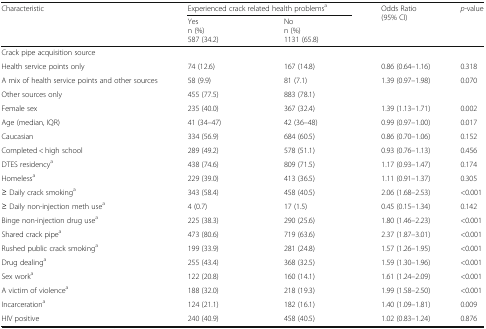
<table><thead><tr><td rowspan="2"><b>Characteristic</b></td><td colspan="2"><b>Experienced crack related health problems<sup>a</sup></b></td><td rowspan="2"><b>Odds Ratio(95% CI)</b></td><td rowspan="2"><b><i>p-</i>value</b></td></tr><tr><td><b>Yesn (%)587 (34.2)</b></td><td><b>Non (%)1131 (65.8)</b></td></tr></thead><tbody><tr><td colspan="5">Crack pipe acquisition source</td></tr><tr><td>Health service points only</td><td>74 (12.6)</td><td>167 (14.8)</td><td>0.86 (0.64–1.16)</td><td>0.318</td></tr><tr><td>A mix of health service points and other sources</td><td>58 (9.9)</td><td>81 (7.1)</td><td>1.39 (0.97–1.98)</td><td>0.070</td></tr><tr><td>Other sources only</td><td>455 (77.5)</td><td>883 (78.1)</td><td></td><td></td></tr><tr><td>Female sex</td><td>235 (40.0)</td><td>367 (32.4)</td><td>1.39 (1.13–1.71)</td><td>0.002</td></tr><tr><td>Age (median, IQR)</td><td>41 (34–47)</td><td>42 (36–48)</td><td>0.99 (0.97–1.00)</td><td>0.017</td></tr><tr><td>Caucasian</td><td>334 (56.9)</td><td>684 (60.5)</td><td>0.86 (0.70–1.06)</td><td>0.152</td></tr><tr><td>Completed &lt; high school</td><td>289 (49.2)</td><td>578 (51.1)</td><td>0.93 (0.76–1.13)</td><td>0.456</td></tr><tr><td>DTES residency<sup>a</sup></td><td>438 (74.6)</td><td>809 (71.5)</td><td>1.17 (0.93–1.47)</td><td>0.174</td></tr><tr><td>Homeless<sup>a</sup></td><td>229 (39.0)</td><td>413 (36.5)</td><td>1.11 (0.91–1.37)</td><td>0.305</td></tr><tr><td>≥ Daily crack smoking<sup>a</sup></td><td>343 (58.4)</td><td>458 (40.5)</td><td>2.06 (1.68–2.53)</td><td>&lt;0.001</td></tr><tr><td>≥ Daily non-injection meth use<sup>a</sup></td><td>4 (0.7)</td><td>17 (1.5)</td><td>0.45 (0.15–1.34)</td><td>0.142</td></tr><tr><td>Binge non-injection drug use<sup>a</sup></td><td>225 (38.3)</td><td>290 (25.6)</td><td>1.80 (1.46–2.23)</td><td>&lt;0.001</td></tr><tr><td>Shared crack pipe<sup>a</sup></td><td>473 (80.6)</td><td>719 (63.6)</td><td>2.37 (1.87–3.01)</td><td>&lt;0.001</td></tr><tr><td>Rushed public crack smoking<sup>a</sup></td><td>199 (33.9)</td><td>281 (24.8)</td><td>1.57 (1.26–1.95)</td><td>&lt;0.001</td></tr><tr><td>Drug dealing<sup>a</sup></td><td>255 (43.4)</td><td>368 (32.5)</td><td>1.59 (1.30–1.96)</td><td>&lt;0.001</td></tr><tr><td>Sex work<sup>a</sup></td><td>122 (20.8)</td><td>160 (14.1)</td><td>1.61 (1.24–2.09)</td><td>&lt;0.001</td></tr><tr><td>A victim of violence<sup>a</sup></td><td>188 (32.0)</td><td>218 (19.3)</td><td>1.99 (1.58–2.50)</td><td>&lt;0.001</td></tr><tr><td>Incarceration<sup>a</sup></td><td>124 (21.1)</td><td>182 (16.1)</td><td>1.40 (1.09–1.81)</td><td>0.009</td></tr><tr><td>HIV positive</td><td>240 (40.9)</td><td>458 (40.5)</td><td>1.02 (0.83–1.24)</td><td>0.876</td></tr></tbody></table>